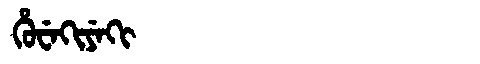
Manchu: ᡥᡠᠸᡝᡴᡳᠶᡝᡴᡳ
Romanization: HUWEKIYEKI